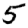
Digit: 5